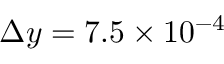
\Delta { y } = 7 . 5 \times 1 0 ^ { - 4 }